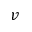
v